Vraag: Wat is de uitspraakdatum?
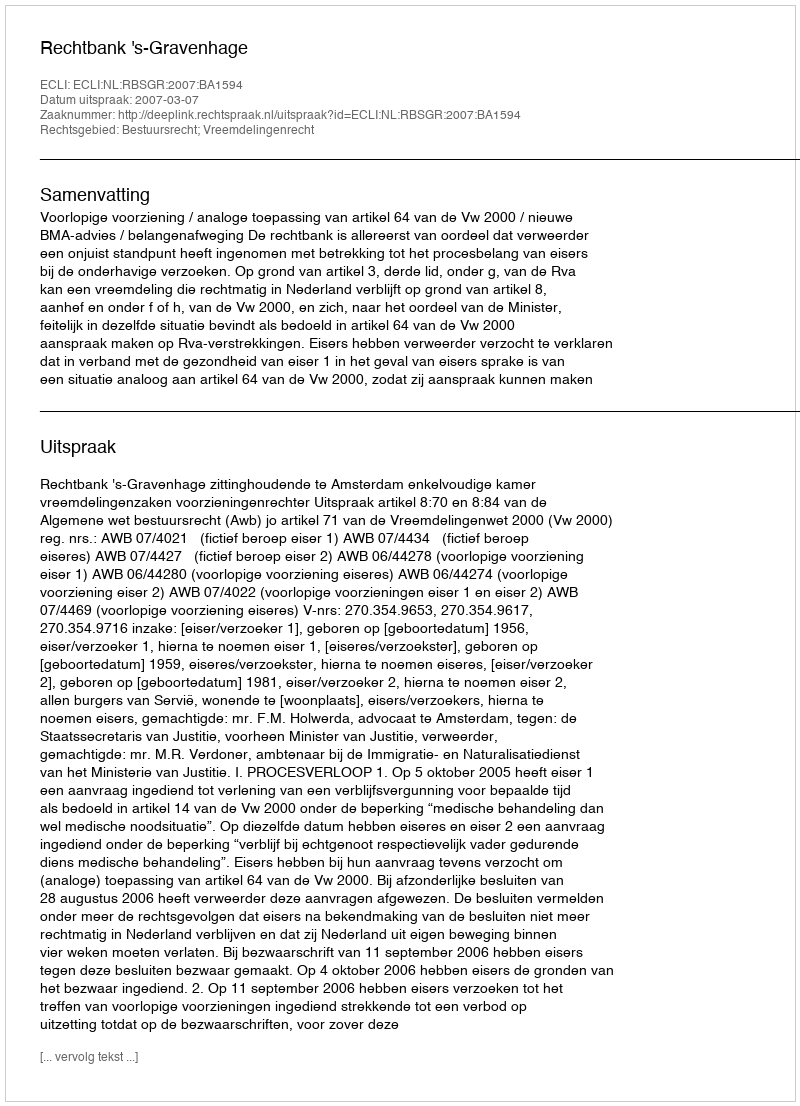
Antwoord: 2007-03-07